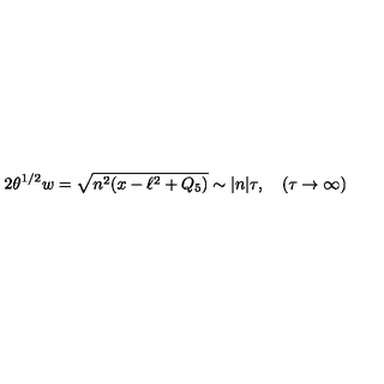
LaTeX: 2 \theta ^ { 1 / 2 } w = \sqrt { n ^ { 2 } ( x - \ell ^ { 2 } + Q _ { 5 } ) } \sim | n | \tau , \quad ( \tau \rightarrow \infty )